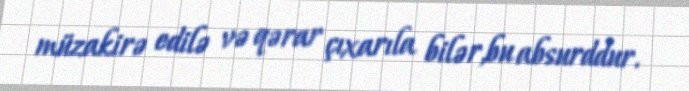
müzakirə edilə və qərar çıxarıla bilər,bu absurddur.